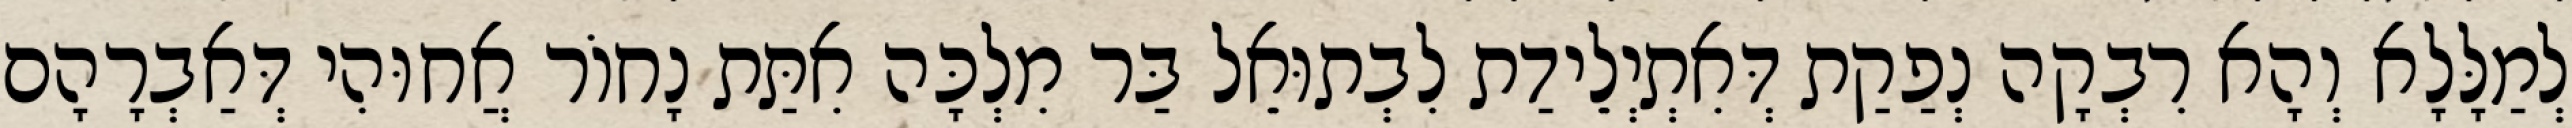
לְמַלָּלָא וְהָא רִבְקָה נְפַקַת דְּאִתְיְלֵידַת לִבְתוּאֵל בַּר מִלְכָּה אִתַּת נָחוֹר אֲחוּהִי דְּאַבְרָהָם